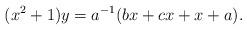
LaTeX: \begin{align*}(x^{2} +1)y = a^{-1}(bx+cx+x+a).\end{align*}